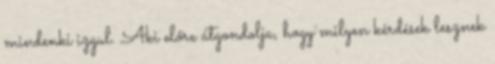
mindenki izgul. Aki előre átgondolja, hogy milyen kérdések lesznek